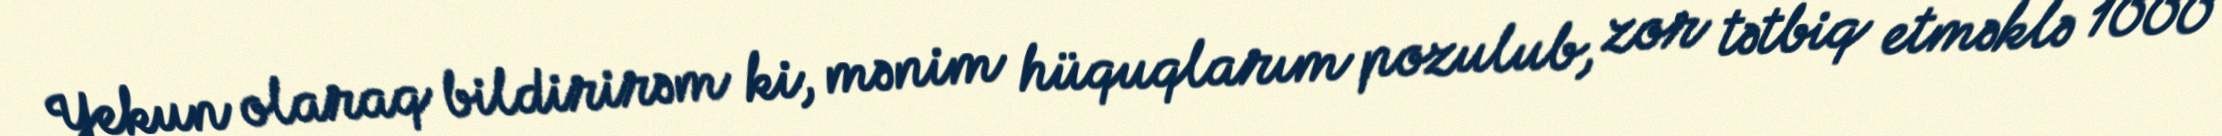
Yekun olaraq bildirirəm ki, mənim hüquqlarım pozulub, zor tətbiq etməklə 1000